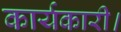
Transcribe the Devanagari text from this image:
कार्यकारी।